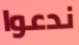
ندعوا